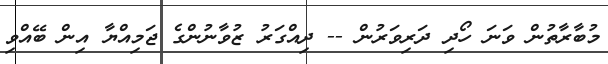
މުބާރާތުން ވަނަ ހޯދި ދަރިވަރުން -- ދިއްގަރު ޒުވާނުންގެ ޖަމިއްޔާ އިން ބޭއްވި